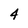
Character: 4